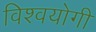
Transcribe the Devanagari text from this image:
विश्वयोगी